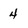
Character: 4